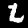
Label: 2